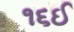
૧૬ઈ